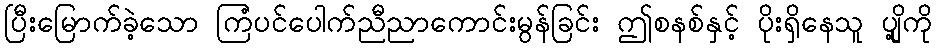
ပြီးမြောက်ခဲ့သော ကြံပင်ပေါက်ညီညာကောင်းမွန်ခြင်း ဤစနစ်နှင့် ပိုးရှိနေသူ ပျို့ကို